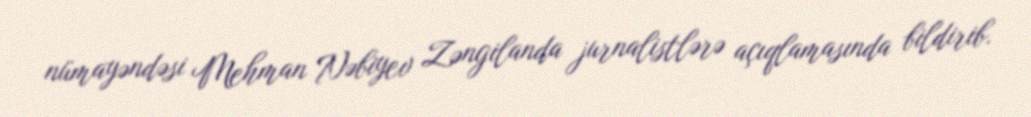
nümayəndəsi Mehman Nəbiyev Zəngilanda jurnalistlərə açıqlamasında bildirib.